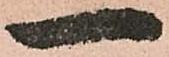
一